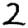
Digit: 2